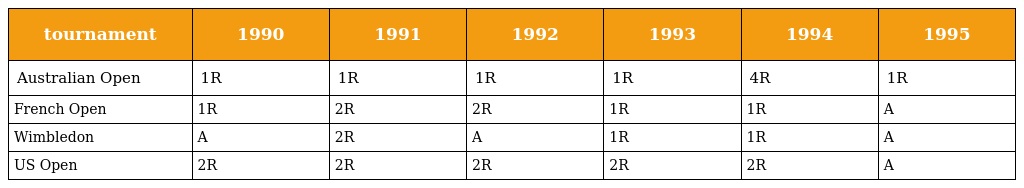
| tournament | 1990 | 1991 | 1992 | 1993 | 1994 | 1995 |
 | --- | --- | --- | --- | --- | --- | --- |
 | Australian Open | 1R | 1R | 1R | 1R | 4R | 1R |
 | French Open | 1R | 2R | 2R | 1R | 1R | A |
 | Wimbledon | A | 2R | A | 1R | 1R | A |
 | US Open | 2R | 2R | 2R | 2R | 2R | A |